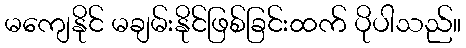
မကျေနိုင် မချမ်းနိုင်ဖြစ်ခြင်းထက် ပိုပါသည်။